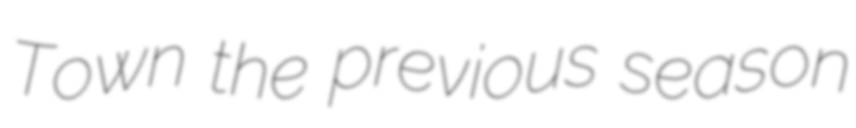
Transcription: Town the previous season